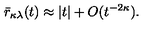
\bar { r } _ { \kappa \lambda } ( t ) \approx | t | + O ( t ^ { - 2 \kappa } ) .